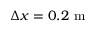
\Delta x = 0 . 2 \textrm { m }